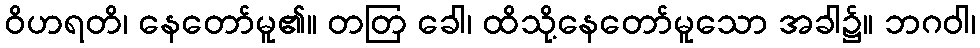
ဝိဟရတိ၊ နေတော်မူ၏။ တတြ ခေါ၊ ထိသို့နေတော်မူသော အခါ၌။ ဘဂဝါ၊